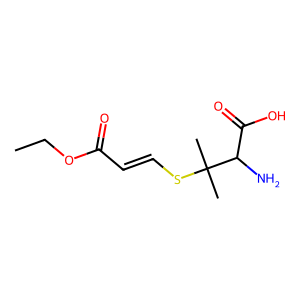
SMILES: CCOC(=O)C=CSC(C)(C)C(N)C(=O)O
Inhibits HIV replication: No